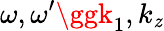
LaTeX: \omega,\omega^{\prime}\ggk_{1},k_{\mathit{z}}